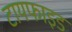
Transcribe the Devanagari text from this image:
टायफाइड